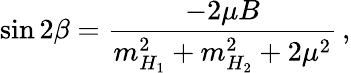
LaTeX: \sin 2\beta=\frac{-2\mu B}{m_{H_{1}}^{2}+m_{H_{2}}^{2}+2\mu^{2}}\, ,